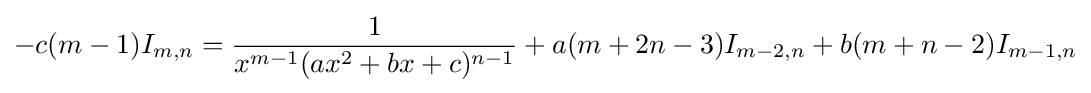
-c(m-1)I_{m,n}={\frac {1}{x^{m-1}(ax^{2}+bx+c)^{n-1}}}+{a(m+2n-3)}I_{m-2,n}+{b(m+n-2)}I_{m-1,n}\,\!